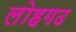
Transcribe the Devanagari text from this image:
लोहगढ